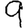
Digit: 9